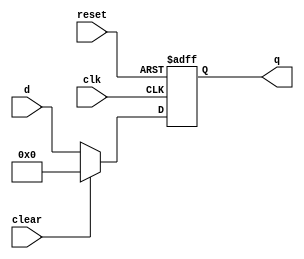
`timescale 1ns/1ps
// latch with clear
module floprc #(parameter WIDTH = 8)
              (input                  clk, reset, clear,
               input      [WIDTH-1:0] d,
               output reg [WIDTH-1:0] q);

  always @(posedge clk, posedge reset)
    if (reset)      q <= #1 0;
    else if (clear) q <= #1 0;
    else            q <= #1 d;
	 
endmodule